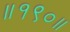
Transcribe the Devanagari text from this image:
॥१९०॥